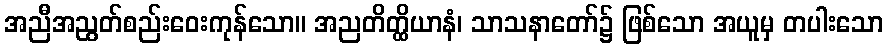
အညီအညွတ်စည်းဝေးကုန်သော။ အညတိတ္ထိယာနံ၊ သာသနာတော်၌ ဖြစ်သော အယူမှ တပါးသော